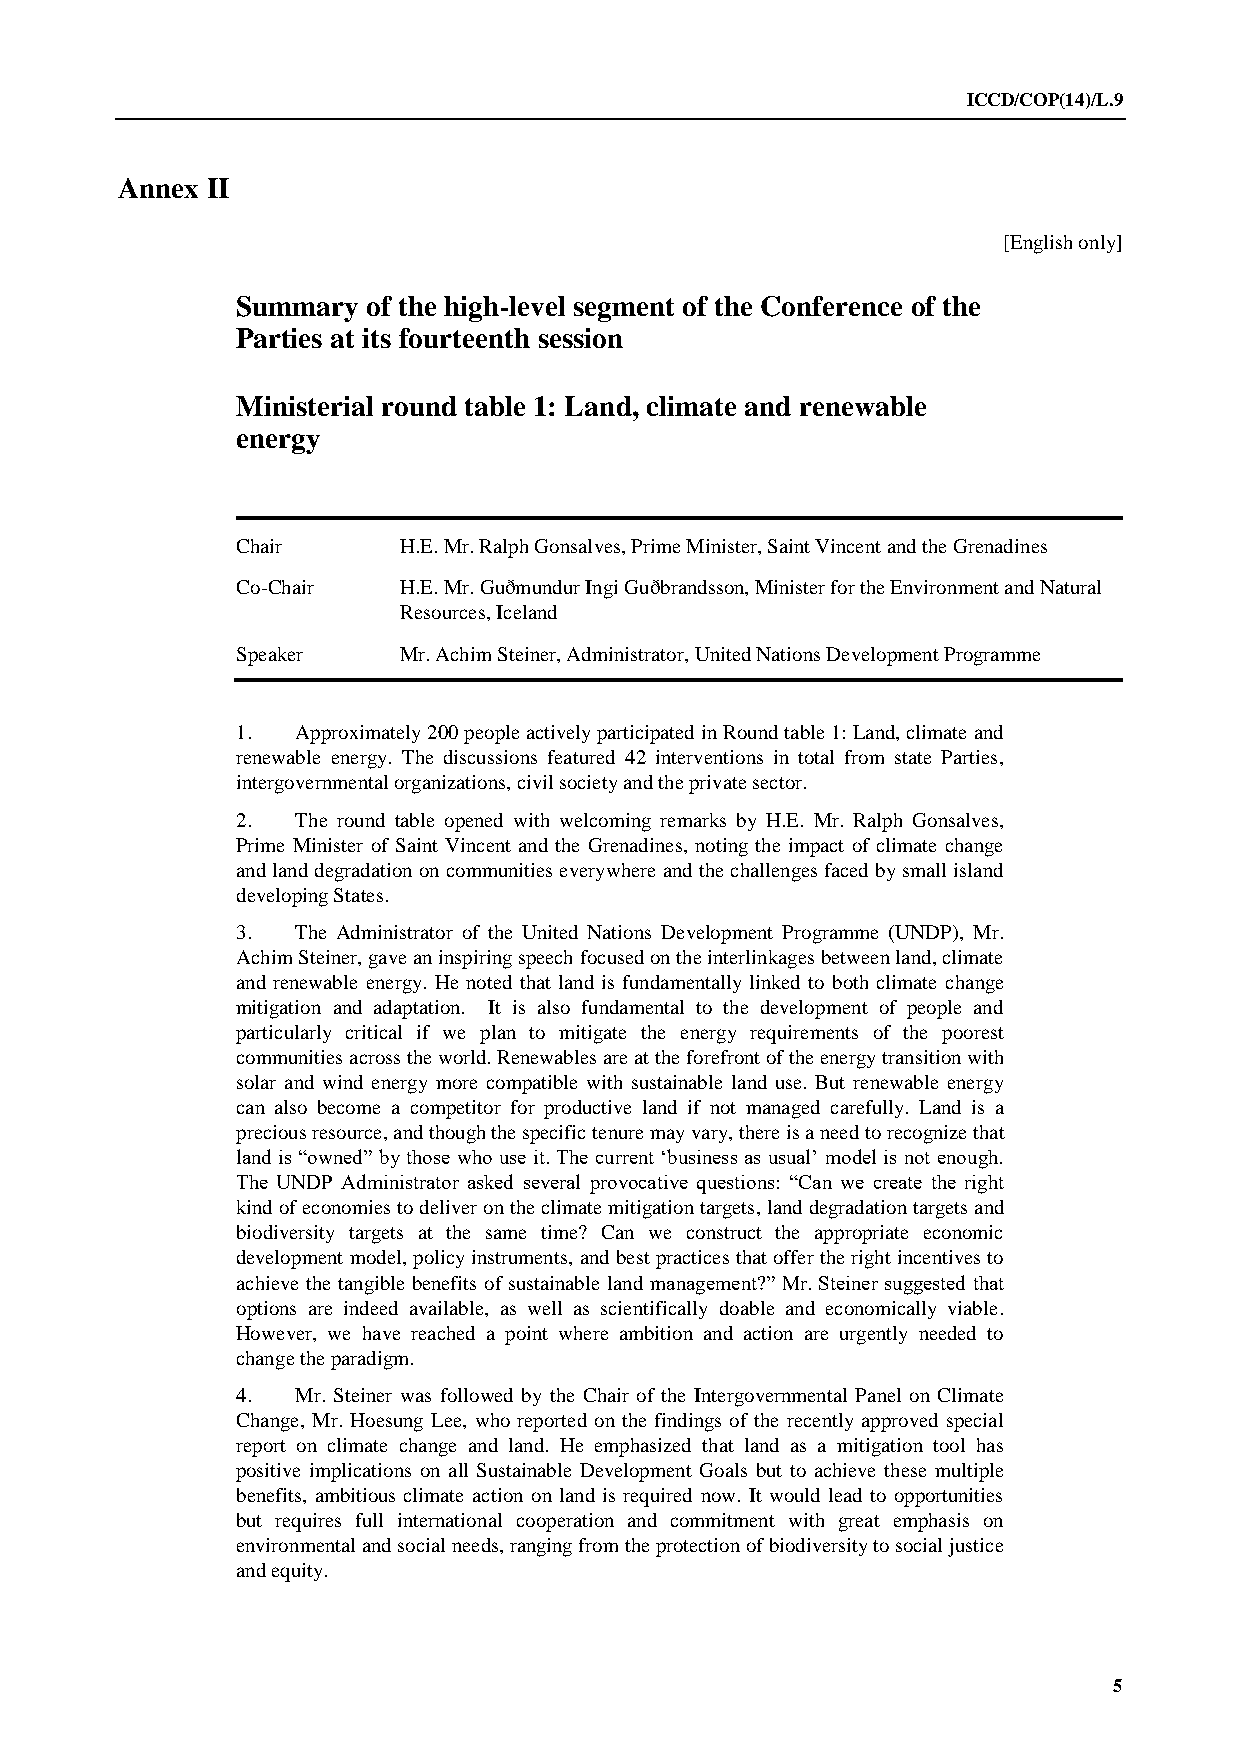
ICCD/COP(14)/L.9
 Annex II
 [English only]
 Summary of the high-level segment of the Conference of the
 Parties at its fourteenth session
 Ministerial round table 1: Land, climate and renewable
 energy
 Chair     H.E. Mr. Ralph Gonsalves, Prime Minister, Saint Vincent and the Grenadines
 Co-Chair  H.E. Mr. Guðmundur Ingi Guðbrandsson, Minister for the Environment and Natural
 Resources, Iceland
 Speaker   Mr. Achim Steiner, Administrator, United Nations Development Programme
 1.  Approximately 200 people actively participated in Round table 1: Land, climate and
 renewable energy. The discussions featured 42 interventions in total from state Parties,
 intergovernmental organizations, civil society and the private sector.
 2.  The round table opened with welcoming remarks by H.E. Mr. Ralph Gonsalves,
 Prime Minister of Saint Vincent and the Grenadines, noting the impact of climate change
 and land degradation on communities everywhere and the challenges faced by small island
 developing States.
 3.  The Administrator of the United Nations Development Programme (UNDP), Mr.
 Achim Steiner, gave an inspiring speech focused on the interlinkages between land, climate
 and renewable energy. He noted that land is fundamentally linked to both climate change
 mitigation and adaptation. It is also fundamental to the development of people and
 particularly critical if we plan to mitigate the energy requirements of the poorest
 communities across the world. Renewables are at the forefront of the energy transition with
 solar and wind energy more compatible with sustainable land use. But renewable energy
 can also become a competitor for productive land if not managed carefully. Land is a
 precious resource, and though the specific tenure may vary, there is a need to recognize that
 land is “owned” by those who use it. The current ‘business as usual’ model is not enough.
 The UNDP Administrator asked several provocative questions: “Can we create the right
 kind of economies to deliver on the climate mitigation targets, land degradation targets and
 biodiversity targets at the same time? Can we construct the appropriate economic
 development model, policy instruments, and best practices that offer the right incentives to
 achieve the tangible benefits of sustainable land management?” Mr. Steiner suggested that
 options are indeed available, as well as scientifically doable and economically viable.
 However, we have reached a point where ambition and action are urgently needed to
 change the paradigm.
 4.  Mr. Steiner was followed by the Chair of the Intergovernmental Panel on Climate
 Change, Mr. Hoesung Lee, who reported on the findings of the recently approved special
 report on climate change and land. He emphasized that land as a mitigation tool has
 positive implications on all Sustainable Development Goals but to achieve these multiple
 benefits, ambitious climate action on land is required now. It would lead to opportunities
 but requires full international cooperation and commitment with great emphasis on
 environmental and social needs, ranging from the protection of biodiversity to social justice
 and equity.
 5